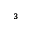
_ { 3 }